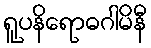
ရူပနိရောဓဂါမိနီ